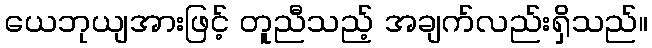
ယေဘုယျအားဖြင့် တူညီသည့် အချက်လည်းရှိသည်။